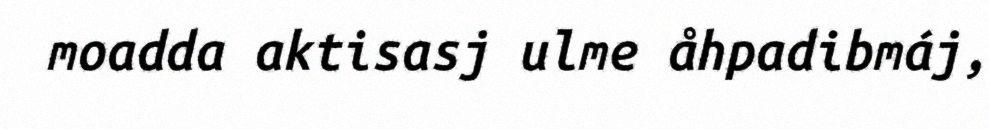
moadda aktisasj ulme åhpadibmáj,